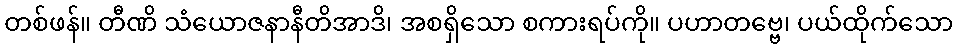
တစ်ဖန်။ တီဏိ သံယောဇနာနီတိအာဒိ၊ အစရှိသော စကားရပ်ကို။ ပဟာတဗ္ဗေ၊ ပယ်ထိုက်သော